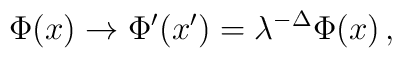
\Phi(x)\rightarrow \Phi'(x')=\lambda^{-\Delta}\Phi(x) \,,